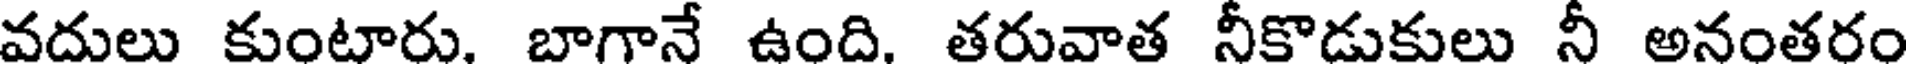
వదులు కుంటారు. బాగానే ఉంది. తరువాత నీకొడుకులు నీ అనంతరం